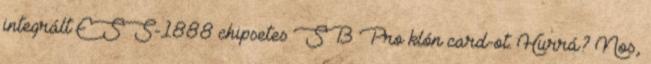
integrált ESS-1888 chipsetes SB Pro klón card-ot. Hurrá? Nos,